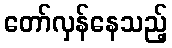
တော်လှန်နေသည့်